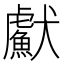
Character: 𤣏